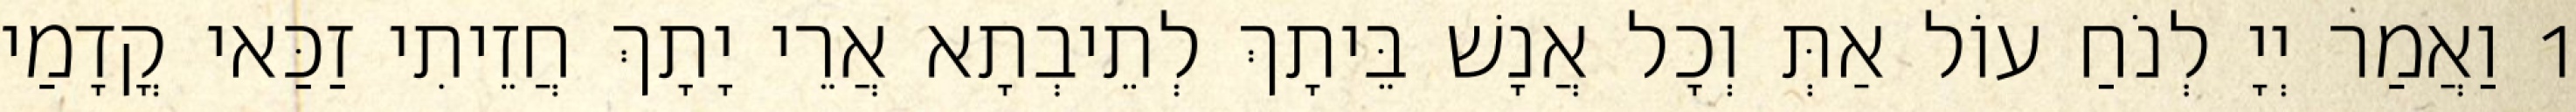
1 וַאֲמַר יְיָ לְנֹחַ עוֹל אַתְּ וְכָל אֲנָשׁ בֵּיתָךְ לְתֵיבְתָא אֲרֵי יָתָךְ חֲזֵיתִי זַכַּאי קֳדָמַי